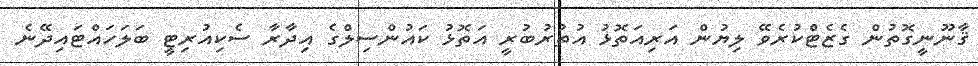
ޤާނޫނީގޮތުން ގެޒެޓްކުރެވޭ ލިޔުން އަރިއަތޮޅު އުތުރުބުރީ އަތޮޅު ކައުންސިލްގެ އިދާރާ ސެކިއުރިޓީ ބަލަހައްޓައިދޭނެ